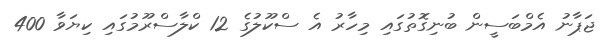
ޖަޕާނު އެމްބަސީން ބުނިގޮތުގައި މިހާރު އެ ސްކޫލުގެ 12 ކްލާސްރޫމުގައި ކިޔަވާ 400